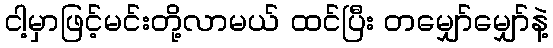
ငါ့မှာဖြင့်မင်းတို့လာမယ် ထင်ပြီး တမျှော်မျှော်နဲ့